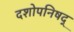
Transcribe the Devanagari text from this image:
दशोपनिषद्